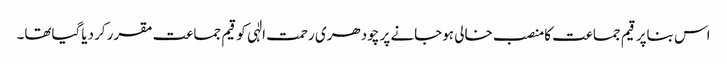
اس بناپر قیم جماعت کامنصب خالی ہوجانے پر چودھری رحمت الٰہی کو قیم جماعت مقرر کردیاگیاتھا۔